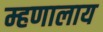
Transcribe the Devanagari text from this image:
म्हणालाय